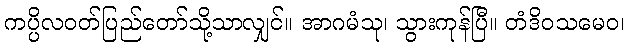
ကပ္ပိလဝတ်ပြည်တော်သို့သာလျှင်။ အာဂမံသု၊ သွားကုန်ပြီ။ တံဒိဝသမေဝ၊